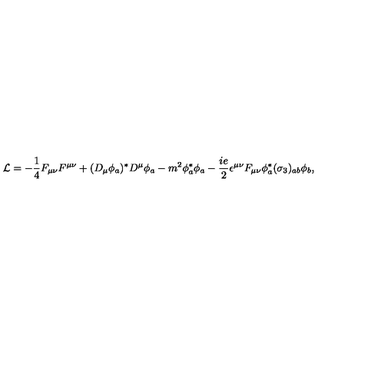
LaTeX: { \cal L } = - { \frac { 1 } { 4 } } F _ { \mu \nu } F ^ { \mu \nu } + ( D _ { \mu } \phi _ { a } ) ^ { * } D ^ { \mu } \phi _ { a } - m ^ { 2 } \phi _ { a } ^ { * } \phi _ { a } - { \frac { i e } { 2 } } \epsilon ^ { \mu \nu } F _ { \mu \nu } \phi _ { a } ^ { * } ( \sigma _ { 3 } ) _ { a b } \phi _ { b } ,